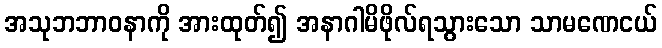
အသုဘဘာဝနာကို အားထုတ်၍ အနာဂါမိဖိုလ်ရသွားသော သာမဏေငယ်